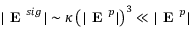
| \textbf { E } ^ { s i g } | \sim \kappa \left( | \textbf { E } ^ { p } | \right) ^ { 3 } \ll | \textbf { E } ^ { p } |